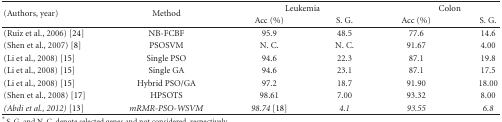
<table><thead><tr><td rowspan="2"><b>(Authors, year)</b></td><td rowspan="2"><b>Method</b></td><td colspan="2"><b>Leukemia</b></td><td colspan="2"><b>Colon</b></td></tr><tr><td><b>Acc (%)</b></td><td><b>S. G.</b></td><td><b>Acc (%)</b></td><td><b>S. G.</b></td></tr></thead><tbody><tr><td>(Ruiz et al., 2006) [24]</td><td>NB-FCBF</td><td>95.9</td><td>48.5</td><td>77.6</td><td>14.6</td></tr><tr><td>(Shen et al., 2007) [8]</td><td>PSOSVM</td><td>N. C.</td><td>N. C.</td><td>91.67</td><td>4.00</td></tr><tr><td>(Li et al., 2008) [15]</td><td>Single PSO</td><td>94.6</td><td>22.3</td><td>87.1</td><td>19.8</td></tr><tr><td>(Li et al., 2008) [15]</td><td>Single GA</td><td>94.6</td><td>23.1</td><td>87.1</td><td>17.5</td></tr><tr><td>(Li et al., 2008) [17]</td><td>Hybrid PSO/GA</td><td>97.2</td><td>18.7</td><td>91.90</td><td>18.00</td></tr><tr><td>(Shen et al., 2008) [13]</td><td>HPSOTS</td><td>98.61</td><td>7.00</td><td>93.32</td><td>8.00</td></tr><tr><td><i>(Abdi et al., 2012) [18] </i></td><td><i>mRMR-PSO-WSVM</i></td><td><i>98.74</i></td><td><i>4.1</i></td><td><i>93.55</i></td><td><i>6.8</i></td></tr></tbody></table>